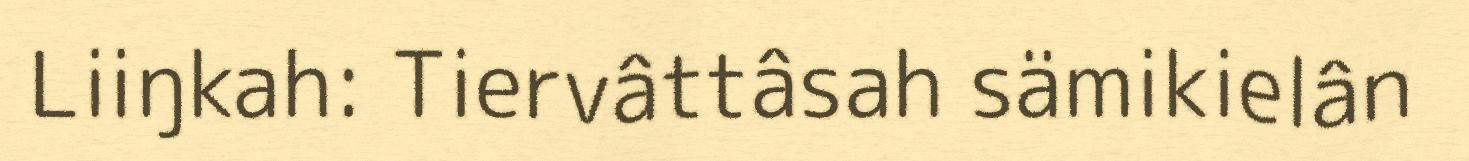
Liiŋkah: Tiervâttâsah sämikielân